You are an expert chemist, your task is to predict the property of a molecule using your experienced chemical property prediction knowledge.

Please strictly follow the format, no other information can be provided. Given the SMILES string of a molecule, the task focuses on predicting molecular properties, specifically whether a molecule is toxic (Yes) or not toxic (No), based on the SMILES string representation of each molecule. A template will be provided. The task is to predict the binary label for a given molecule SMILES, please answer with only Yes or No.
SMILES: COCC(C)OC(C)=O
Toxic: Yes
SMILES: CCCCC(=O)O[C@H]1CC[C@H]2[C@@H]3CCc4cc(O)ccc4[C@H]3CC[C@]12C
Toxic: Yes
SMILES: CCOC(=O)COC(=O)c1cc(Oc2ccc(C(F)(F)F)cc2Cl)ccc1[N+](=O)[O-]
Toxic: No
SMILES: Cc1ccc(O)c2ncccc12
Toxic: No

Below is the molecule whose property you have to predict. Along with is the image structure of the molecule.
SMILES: CCCCCCOc1ccc(C(=N)N(CCCC)CCCC)c2ccccc12
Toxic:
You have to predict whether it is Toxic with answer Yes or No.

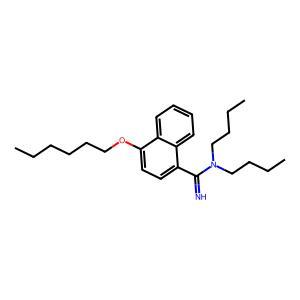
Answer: No